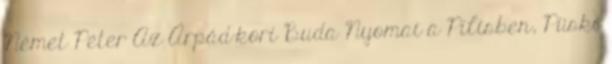
Német Péter Az Árpád-kori Buda Nyomai a Pilisben, Püski